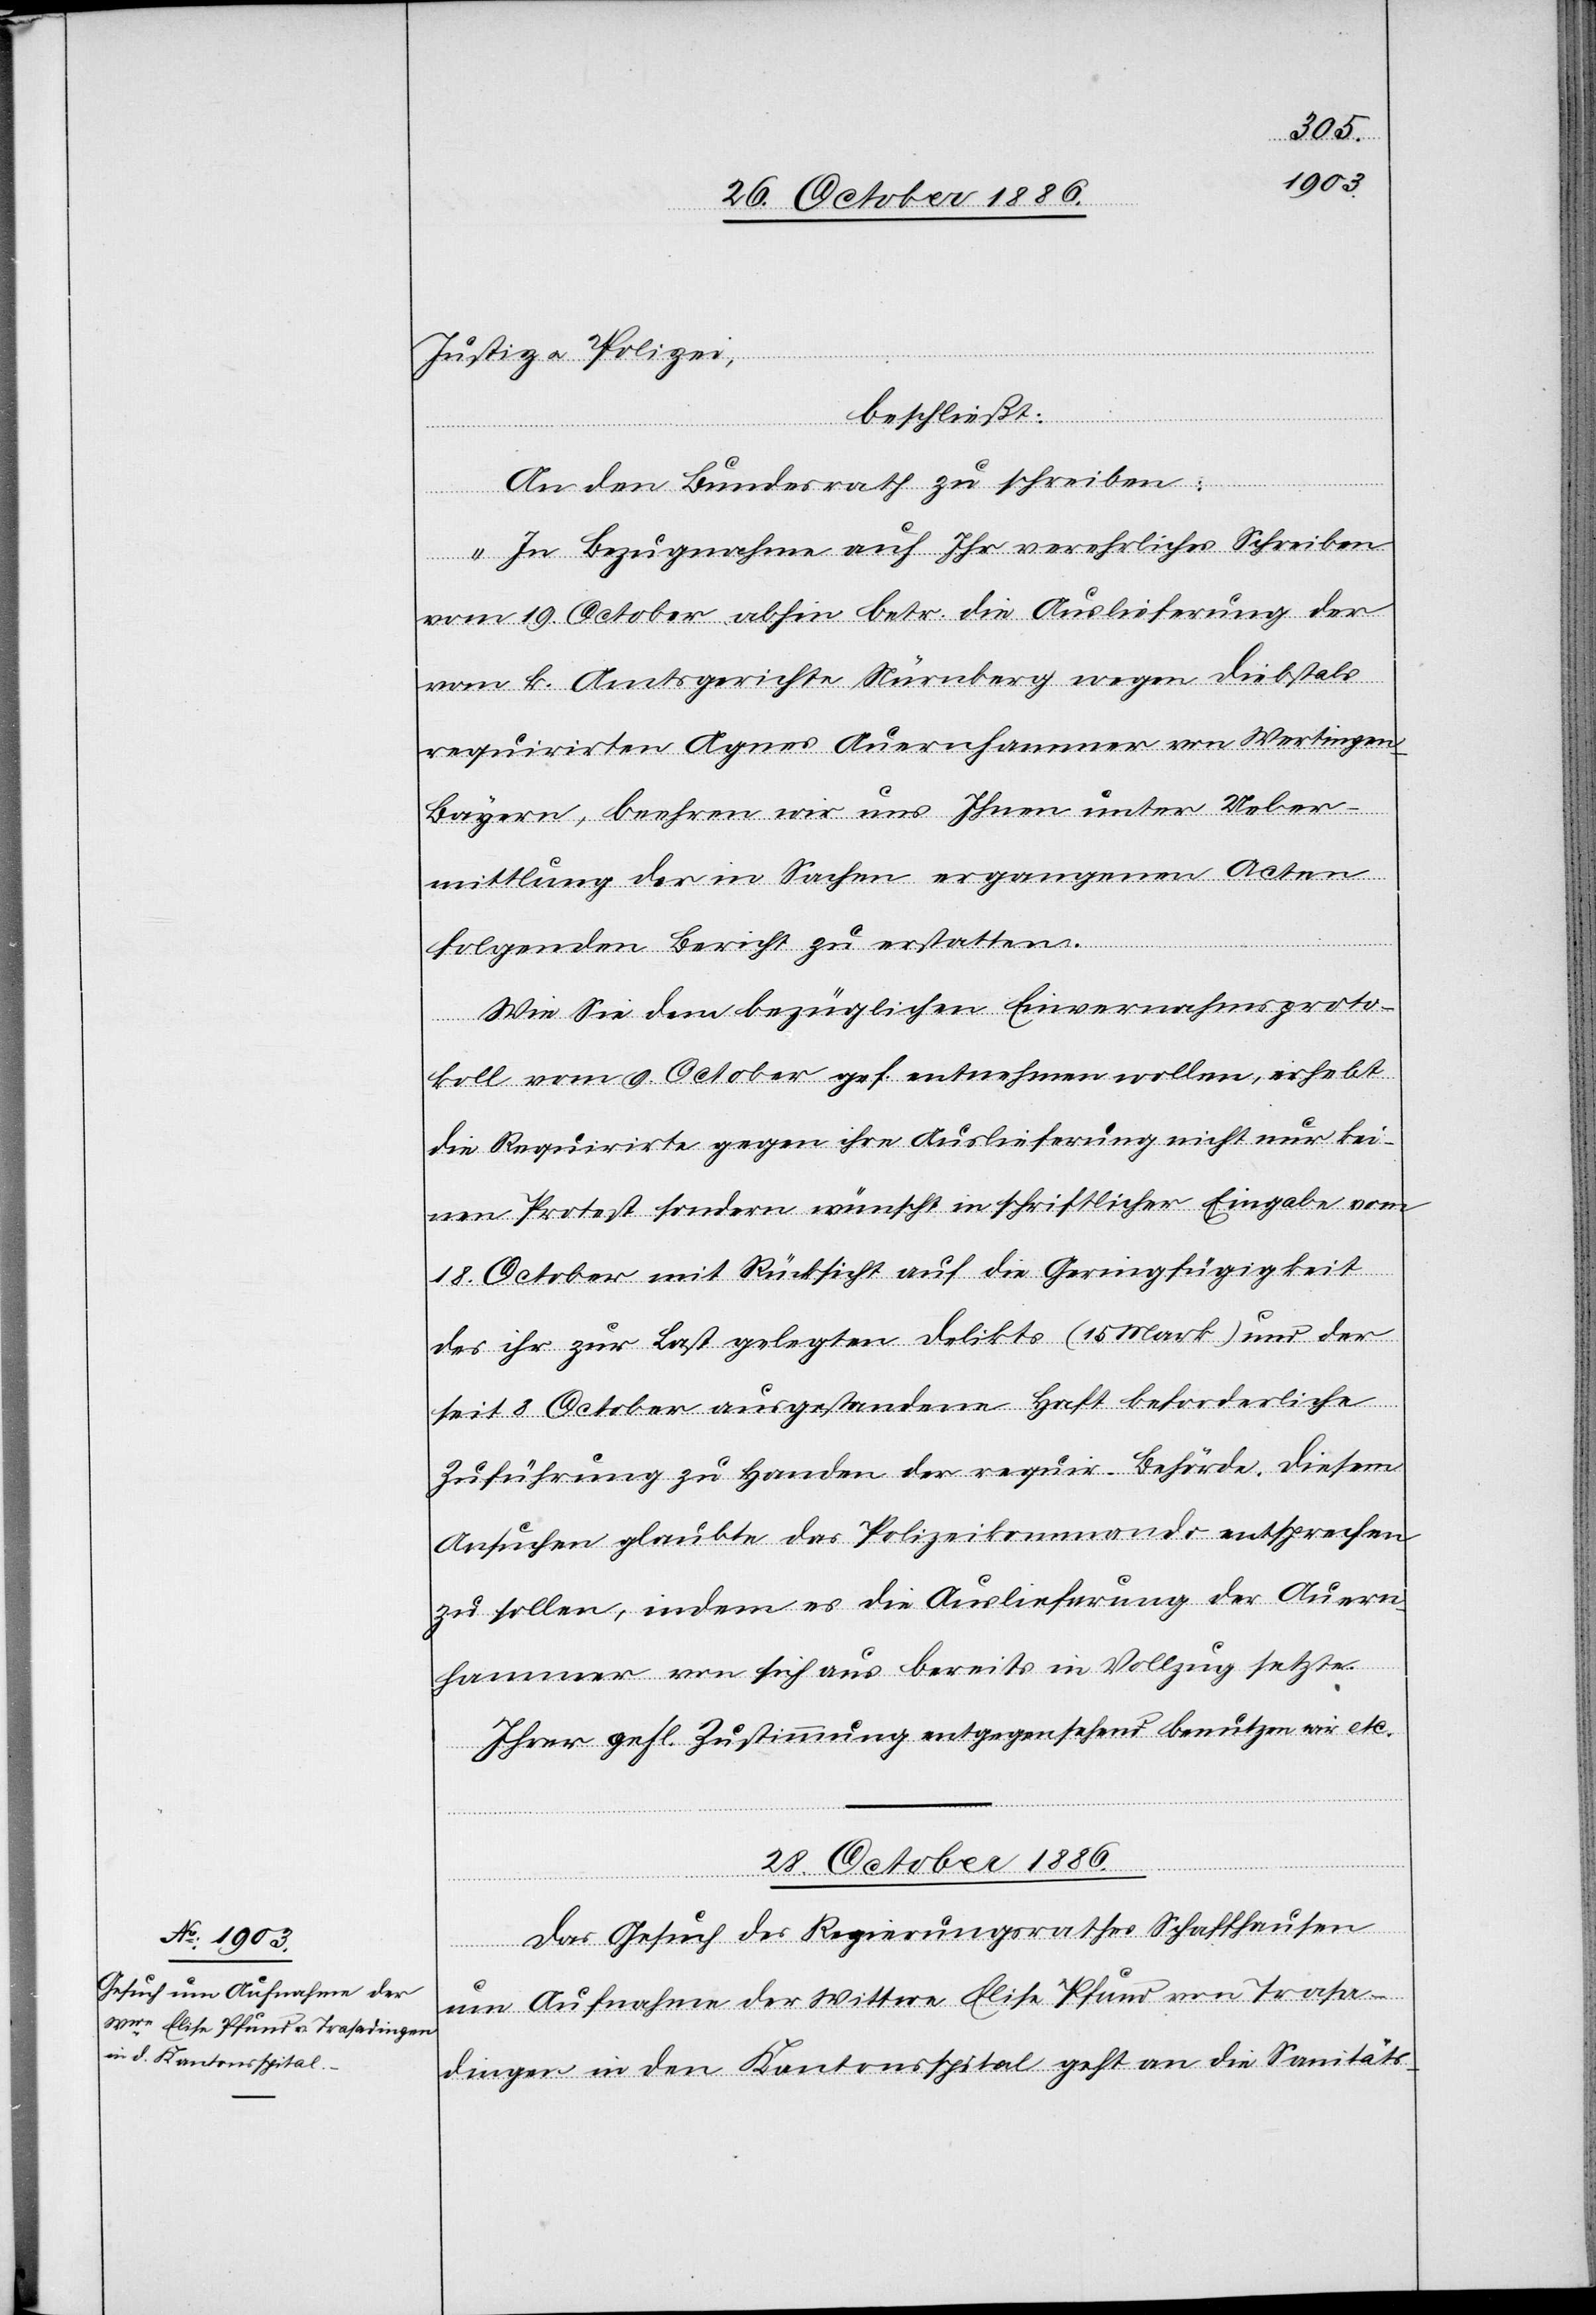
Justiz & Polizei,
beschließt
An den Bundesrath zu schreiben:
„In Bezugnahme auf Ihr verehrliches Schreiben
vom 19. October abhin betr. die Auslieferung der
vom k. Amtsgerichte Nürnberg wegen Diebstals
requirirten Agnes Auernhammer [sic!] von Wertingen
Bayern, beehren wir uns Ihnen unter Ueber¬
mittlung der in Sachen ergangenen Acten
folgenden Bericht zu erstatten.
Wie Sie dem bezüglichen Einvernahmsproto¬
koll vom 9. October gef. entnehmen wollen, erhebt
die Requirirte gegen ihre Auslieferung nicht nur kei¬
nen Protest sondern wünscht in schriftlicher Eingabe vom
18. October mit Rücksicht auf die Geringfügigkeit
des ihr zur Last gelegten Delikts (15 Mark) und der
seit 8. October ausgestandene [sic!] Haft beforderliche
Zuführung zu Handen der requir. Behörde. Diesem
Ansuchen glaubte das Polizeikommando entsprechen
zu sollen, indem es die Auslieferung der Auern¬
hammer von sich aus bereits in Vollzug setzte.
Ihrer gefl. Zustimmung entgegensehend benutzen wir etc.
28. October 1886.
Das Gesuch des Regierungsrathes Schaffhausen
um Aufnahme der Wittwe Elise Pfund von Trasa¬
dingen in den Kantonsspital geht an die Sanitäts-